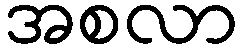
အစလာ